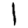
Digit: 1